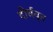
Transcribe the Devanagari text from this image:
दीर्घवृत